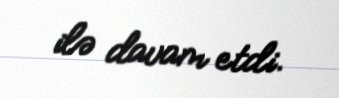
ilə davam etdi.